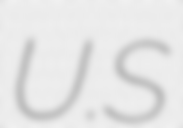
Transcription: U.S